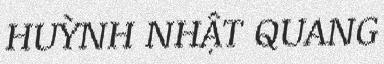
HUỲNH NHẬT QUANG